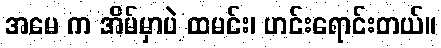
အမေ က အိမ်မှာပဲ ထမင်း၊ ဟင်းရောင်းတယ်။